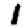
Digit: 1